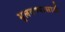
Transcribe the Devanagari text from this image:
भुलवण्यासाठी